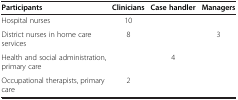
| Participants | Clinicians | Case handler | Managers |
 | --- | --- | --- | --- |
 | Hospital nurses | 10 |  |  |
 | District nurses in home care services | 8 |  | 3 |
 | Health and social administration, primary care |  | 4 |  |
 | Occupational therapists, primary care | 2 |  |  |